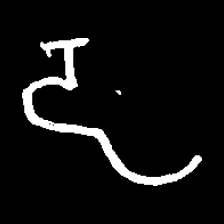
Pyu character \u2014 Myanmar letter: ဠ (romanized: lla)